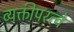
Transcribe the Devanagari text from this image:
व्यक्तीपरत्वे